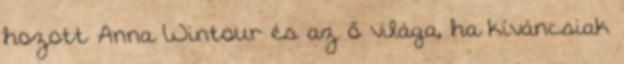
hozott Anna Wintour és az ő világa, ha kíváncsiak